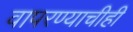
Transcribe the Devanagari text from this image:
वापरण्याचीही